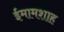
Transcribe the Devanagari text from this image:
ईमामशाह